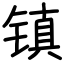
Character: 镇